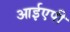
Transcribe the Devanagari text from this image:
आईएपी